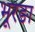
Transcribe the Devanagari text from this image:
भूरङा